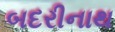
બદરીનાથ